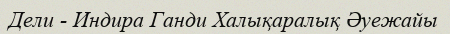
Дели - Индира Ганди Халықаралық Әуежайы